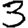
Digit: 3